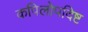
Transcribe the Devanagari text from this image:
कपिलोपदिष्ट